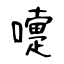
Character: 嚏